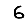
Digit: 6